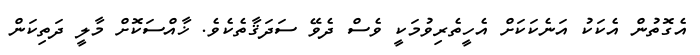
އެގޮތުން އެކަކު އަނެކަކަށް އެހީތެރިވުމަކީ ވެސް ދެވޭ ސަދަޤާތެކެވެ. ޚާއްސަކޮށް މާލީ ދަތިކަން